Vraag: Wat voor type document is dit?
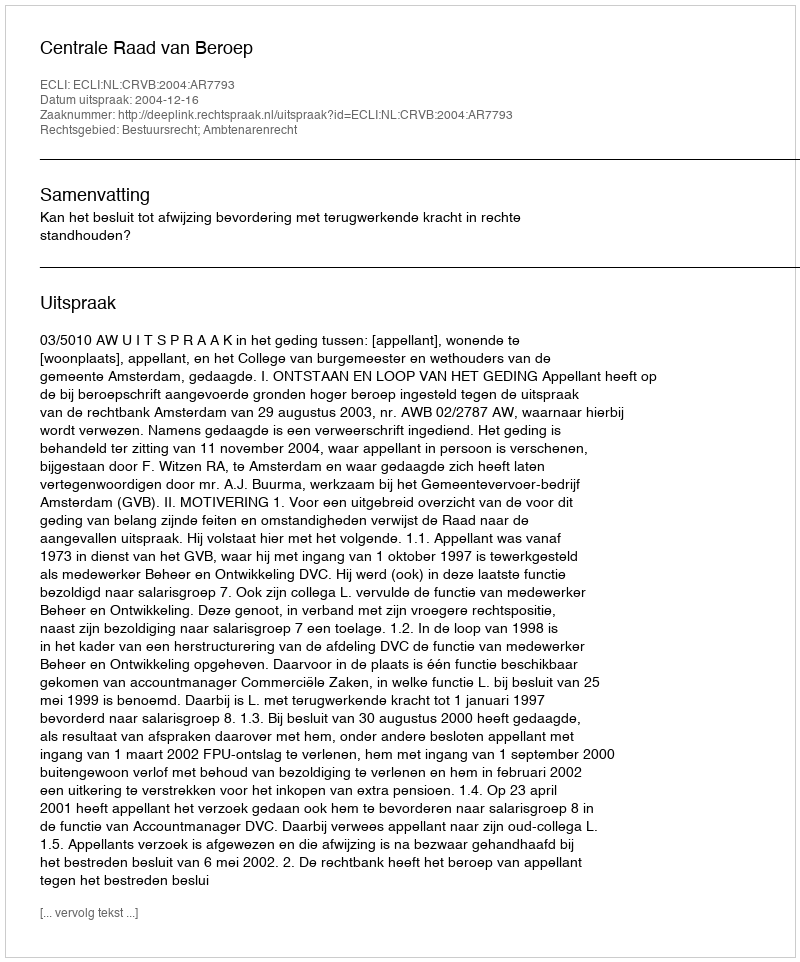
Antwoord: Uitspraak